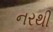
નરથી